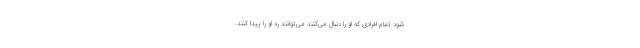
شود تمام افرادی که او را دنبال می‌کنند می‌توانند رد او را پیدا کنند.